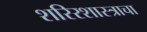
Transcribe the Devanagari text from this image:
शरिरशास्त्राचा